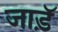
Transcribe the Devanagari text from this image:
जाड़ॅ